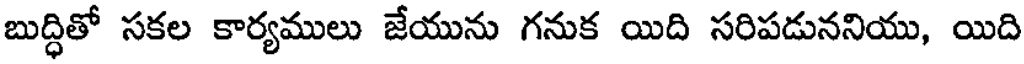
బుద్ధితో సకల కార్యములు జేయును గనుక యిది సరిపడుననియు, యిది